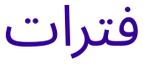
فترات